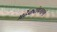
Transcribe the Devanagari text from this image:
मर्ढेकरांप्रमाणे